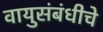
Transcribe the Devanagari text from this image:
वायुसंबंधीचे